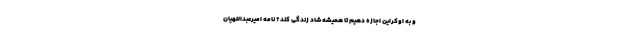
و به اوکراین اجازه دهیم تا همیشه شاد زندگی کند؟ نامه امیرعبداللهیان